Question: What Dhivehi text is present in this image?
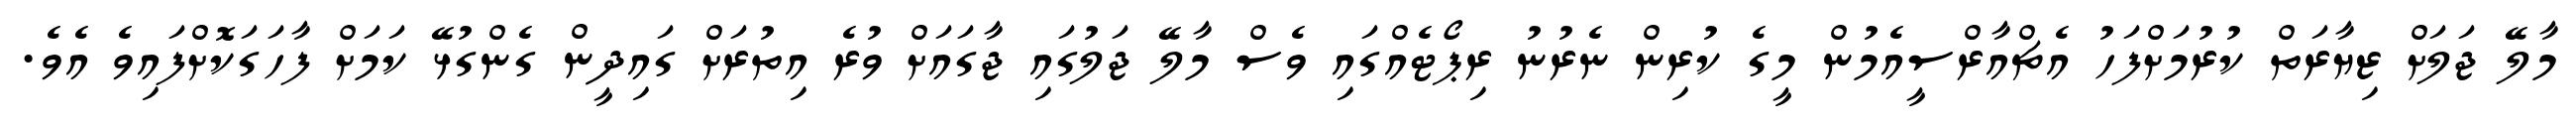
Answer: މާލޭ ޖަލަށް ޒިޔާރަތް ކުރުމަށްފަހު އެޗްއާރްސީއެމުން މީގެ ކުރިން ނެރުނު ރިޕޯޓެއްގައި ވެސް މާލޭ ޖަލުގައި ޖާގައަށް ވުރެ އިތުރަށް ގައިދީން ގެންގުޅޭ ކަމަށް ފާހަގަކޮށްފައިވެ އެވެ.